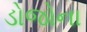
ડોજોના